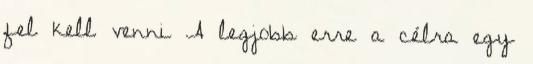
fel kell venni A legjobb erre a célra egy